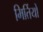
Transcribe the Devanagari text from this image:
मिर्तियों